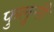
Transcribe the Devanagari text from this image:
फुलुनी